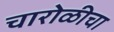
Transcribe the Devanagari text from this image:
चारोळीचा